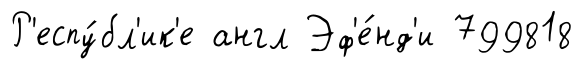
Р'еспу́бл'ик'е англ Эф'е́нд'и 799818